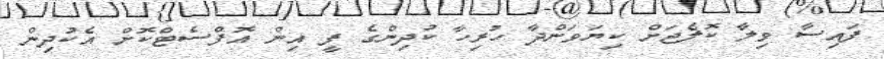
ފައިސާ ވިލާ ކޮލެޖަށް ކިޔަވަންދާ ހުރިހާ ކުދިންގެ ފީ އިން އޮފްސެޓްކޮށް އެކުދިން